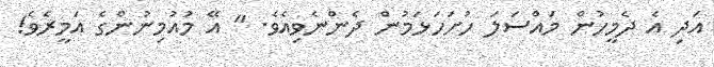
އަދި އެ ދެމީހުން މައްސަލަ ހުށަހަޅަމުން ދެންނެވިއެވެ. " އޭ މުއުމިނުންގެ އަމީރެވެ!